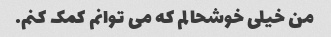
من خیلی خوشحالم که می توانم کمک کنم.